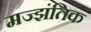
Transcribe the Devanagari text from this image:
मज्झंतिक